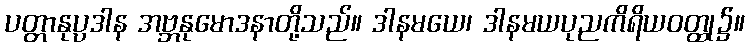
ပတ္တာနုပ္ပဒါန အဗ္ဘနုမောဒနာတို့သည်။ ဒါနမယေ၊ ဒါနမယပုညကိရိယဝတ္ထု၌။